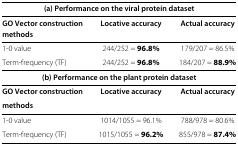
<table><thead><tr><td colspan="3"><b>(a) Performance on the viral protein dataset</b></td></tr></thead><tbody><tr><td><b>GO Vector construction</b></td><td><b>Locative accuracy</b></td><td><b>Actual accuracy</b></td></tr><tr><td><b>methods</b></td><td> </td><td> </td></tr><tr><td>1-0 value</td><td>244/252 = <b>96.8%</b></td><td>179/207 = 86.5%</td></tr><tr><td>Term-frequency (TF)</td><td>244/252 = <b>96.8%</b></td><td>184/207 = <b>88.9%</b></td></tr><tr><td colspan="3"><b>(b) Performance on the plant protein dataset</b></td></tr><tr><td><b>GO Vector construction</b></td><td><b>Locative accuracy</b></td><td><b>Actual accuracy</b></td></tr><tr><td><b>methods</b></td><td> </td><td> </td></tr><tr><td>1-0 value</td><td>1014/1055 = 96.1%</td><td>788/978 = 80.6%</td></tr><tr><td>Term-frequency (TF)</td><td>1015/1055 = <b>96.2%</b></td><td>855/978 = <b>87.4%</b></td></tr></tbody></table>